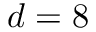
d = 8